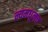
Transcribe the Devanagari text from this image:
न्यमधूनच